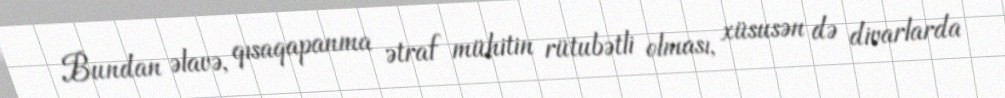
Bundan əlavə, qısaqapanma ətraf mühitin rütubətli olması, xüsusən də divarlarda